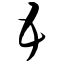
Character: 五